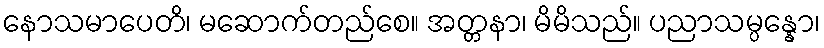
နောသမာပေတိ၊ မဆောက်တည်စေ။ အတ္တနာ၊ မိမိသည်။ ပညာသမ္ပန္နော၊